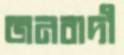
জনবাদী